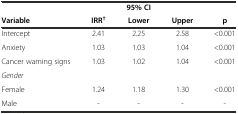
|  |  | 95% CI |  |  |
 | Variable | IRR† | Lower | Upper | p |
 | --- | --- | --- | --- | --- |
 | Intercept | 2.41 | 2.25 | 2.58 | <0.001 |
 | Anxiety | 1.03 | 1.03 | 1.04 | <0.001 |
 | Cancer warning signs | 1.03 | 1.02 | 1.04 | <0.001 |
 | Gender |  |  |  |  |
 | Female | 1.24 | 1.18 | 1.30 | <0.001 |
 | Male | - | - | - | - |